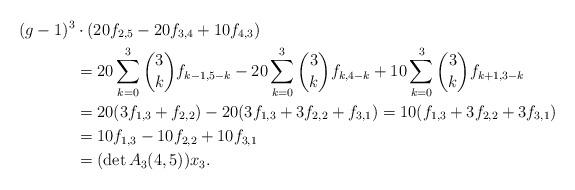
LaTeX: \begin{align*}(g-1)^3 &\cdot (20 f_{2,5}-20 f_{3,4}+10 f_{4,3})\\&=20 \sum_{k=0}^3 \binom{3}{k} f_{k-1,5-k} -20 \sum_{k=0}^3 \binom{3}{k} f_{k,4-k}+10 \sum_{k=0}^3 \binom{3}{k} f_{k+1,3-k}\\&=20(3 f_{1,3}+f_{2,2})-20 (3 f_{1,3} +3 f_{2,2}+f_{3,1})=10 (f_{1,3}+3 f_{2,2}+3 f_{3,1})\\&=10 f_{1,3}-10 f_{2,2}+10 f_{3,1}\\&=(\det A_3(4,5)) x_3.\end{align*}